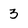
Character: 3